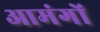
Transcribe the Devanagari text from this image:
आमंगों